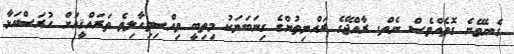
ގެނެވޭނެ ގޮތެއްވެސް ނެތް. ރާއްޖޭގެ ރައްޔިތުންގެ ގިނަބަޔަކު މިތިބީ ވިއްސިވިހާލިވެ ތަރައްޤީއަށް ހުރަސްއަޅާ